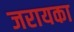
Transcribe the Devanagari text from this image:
जरायका